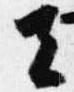
去